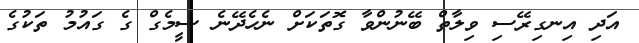
އަދި އިނގިރޭސި ވިލާތް ބޭނުންވާ ގޮތަކަށް ނެހެދޭނެ ސީމެގް ގެ ގައުމު ތަކުގެ